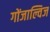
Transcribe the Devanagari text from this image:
गोंजाल्विज